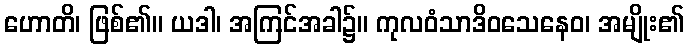
ဟောတိ၊ ဖြစ်၏။ ယဒါ၊ အကြင်အခါ၌။ ကုလဝံသာဒိဝသေနေဝ၊ အမျိုး၏